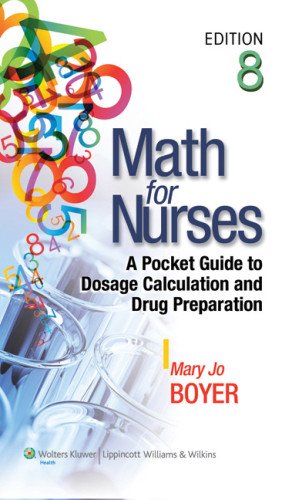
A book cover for Math for Nurses: A Pocket Guide to Dosage Calculation and Drug Preparation; Mary Jo Boyer RN  PhD; Medical Books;